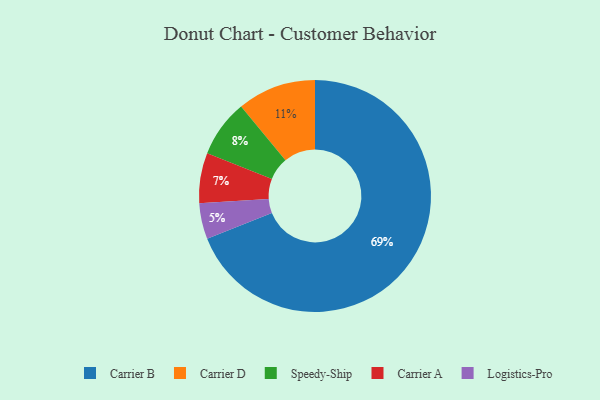
{"axis": {"x": "Category", "y": "Percentage"}, "legend": ["Carrier A", "Carrier B", "Carrier D", "Logistics-Pro", "Speedy-Ship"], "data": [{"x": "Speedy-Ship", "y": 8, "type": "Speedy-Ship"}, {"x": "Carrier B", "y": 69, "type": "Carrier B"}, {"x": "Carrier D", "y": 11, "type": "Carrier D"}, {"x": "Carrier A", "y": 7, "type": "Carrier A"}, {"x": "Logistics-Pro", "y": 5, "type": "Logistics-Pro"}]}